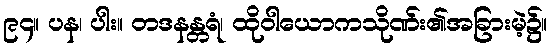
၉၄။ ပန၊ ပါး။ တဒနန္တရံ၊ ထိုဝါယောကသိုဏ်း၏အခြားမဲ့၌။